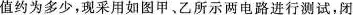
值约为多少，现采用如图甲、乙所示两电路进行测试，闭